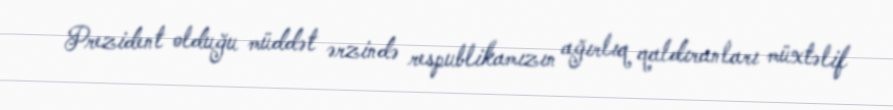
Prezident olduğu müddət ərzində respublikamızın ağırlıq qaldıranları müxtəlif